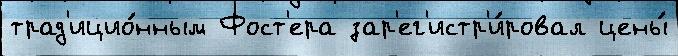
трад'ицио́нным Фост'ера зар'ег'истр'и́ровал цены́